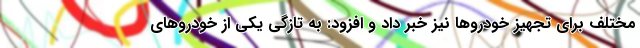
مختلف برای تجهیز خودروها نیز خبر داد و افزود: به تازگی یکی از خودروهای